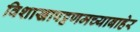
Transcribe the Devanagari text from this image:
विशाखापट्टणमच्याबाहेर